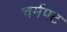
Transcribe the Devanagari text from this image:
चर्मपट